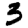
Digit: 3